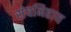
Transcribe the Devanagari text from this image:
संघनिहाय